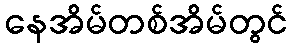
နေအိမ်တစ်အိမ်တွင်